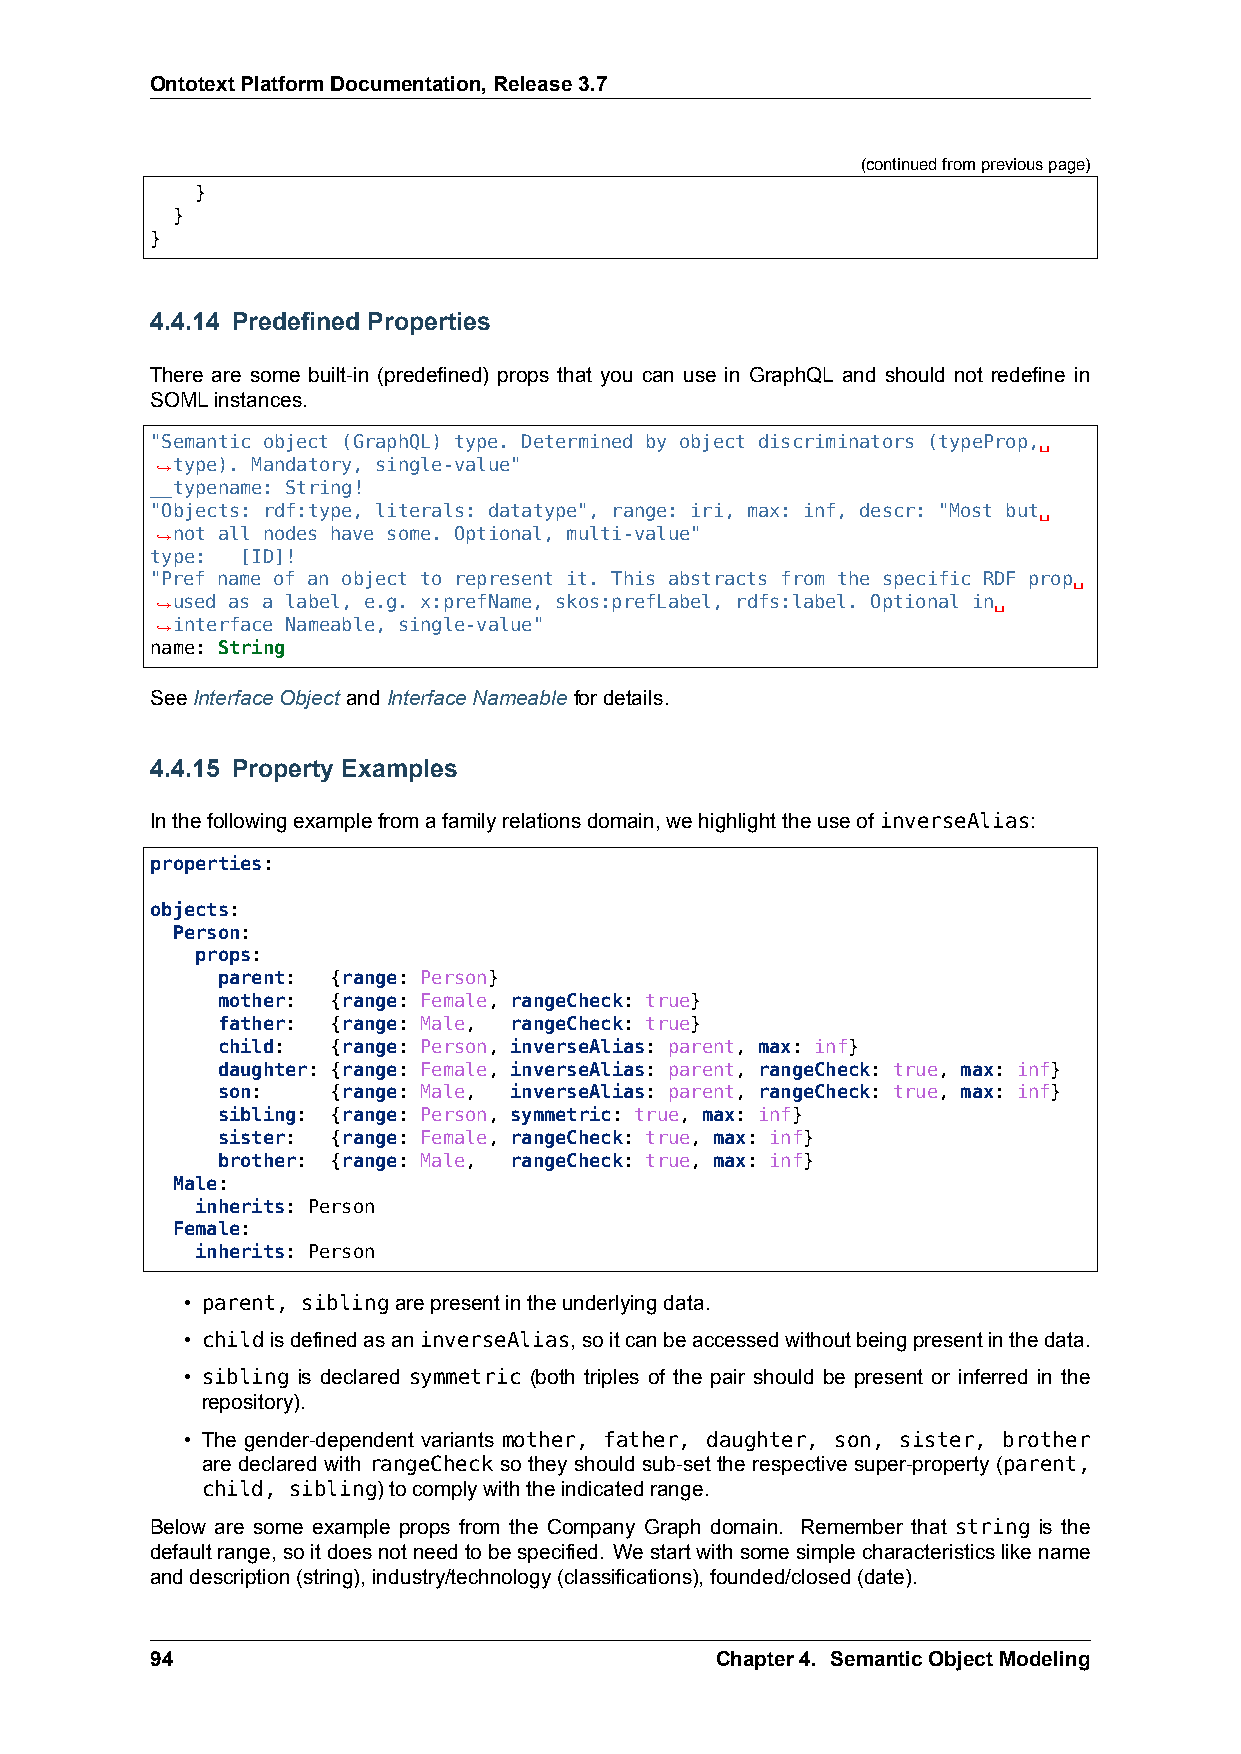
OntotextPlatformDocumentation,Release3.7
 (continuedfrompreviouspage)
 }
 }
 }
 4.4.14 Predefined Properties
 There are some built-in (predefined) props that you can use in GraphQL and should not redefine in
 SOMLinstances.
 "Semantic object (GraphQL) type. Determined by object discriminators (typeProp,␣
 ,→type). Mandatory, single-value"
 __typename: String!
 "Objects: rdf:type, literals: datatype", range: iri, max: inf, descr: "Most but␣
 ,→not all nodes have some. Optional, multi-value"
 type: [ID]!
 "Pref name of an object to represent it. This abstracts from the specific RDF prop␣
 ,→used as a label, e.g. x:prefName, skos:prefLabel, rdfs:label. Optional in␣
 ,→interface Nameable, single-value"
 name: String
 SeeInterfaceObject andInterfaceNameablefordetails.
 4.4.15 Property Examples
 Inthefollowingexamplefromafamilyrelationsdomain,wehighlighttheuseof inverseAlias:
 properties:
 objects:
 Person:
 props:
 parent: {range: Person}
 mother: {range: Female, rangeCheck: true}
 father: {range: Male, rangeCheck: true}
 child:  {range: Person, inverseAlias: parent, max: inf}
 daughter: {range: Female, inverseAlias: parent, rangeCheck: true, max: inf}
 son:    {range: Male, inverseAlias: parent, rangeCheck: true, max: inf}
 sibling: {range: Person, symmetric: true, max: inf}
 sister: {range: Female, rangeCheck: true, max: inf}
 brother: {range: Male, rangeCheck: true, max: inf}
 Male:
 inherits: Person
 Female:
 inherits: Person
 • parent, siblingarepresentintheunderlyingdata.
 • childisdefinedasaninverseAlias,soitcanbeaccessedwithoutbeingpresentinthedata.
 • sibling is declared symmetric (both triples of the pair should be present or inferred in the
 repository).
 • The gender-dependent variants mother, father, daughter, son, sister, brother
 are declared with rangeCheck so they should sub-set the respective super-property (parent,
 child, sibling)tocomplywiththeindicatedrange.
 Below are some example props from the Company Graph domain. Remember that string is the
 defaultrange,soitdoesnotneedtobespecified. Westartwithsomesimplecharacteristicslikename
 anddescription(string),industry/technology(classifications),founded/closed(date).
 94                                   Chapter4. SemanticObjectModeling